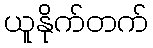
ယူနိုက်တက်